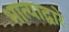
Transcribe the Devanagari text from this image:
भात्याद्वारे